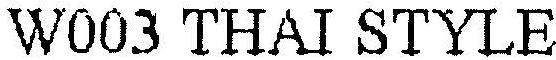
W003 THAI STYLE